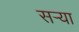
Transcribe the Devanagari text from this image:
सर्‍या